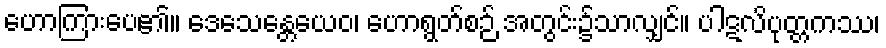
ဟောကြားပေ၏။ ဒေသေန္တေယေဝ၊ ဟောရွတ်စဉ် အတွင်း၌သာလျှင်။ ပါဋလိပုတ္တကဿ၊